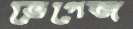
ভেগেজ